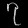
Digit: ၇